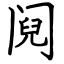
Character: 阋